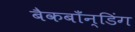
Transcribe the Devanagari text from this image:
बैकबाँन्डिंग